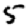
Digit: 5